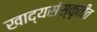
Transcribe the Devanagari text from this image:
खाद्यसंस्कृतीत